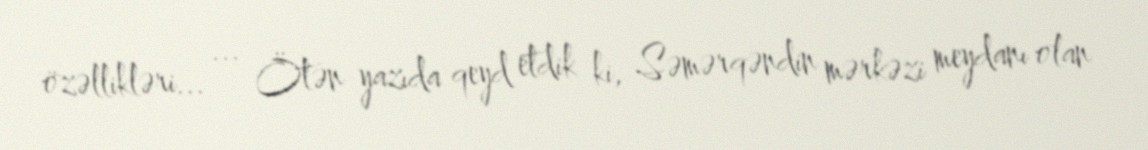
özəllikləri... ... Ötən yazıda qeyd etdik ki, Səmərqəndin mərkəzi meydanı olan